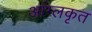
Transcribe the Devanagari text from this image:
आंग्लकृत